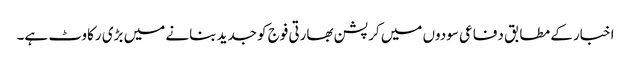
اخبار کے مطابق دفاعی سودوں میں کرپشن بھارتی فوج کو جدید بنانے میں بڑی رکاوٹ ہے۔